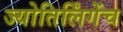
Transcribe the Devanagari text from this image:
ज्योतिर्लिंगेंच